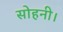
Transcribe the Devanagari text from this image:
सोहनी।